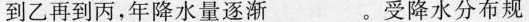
到乙再到丙，年降水量逐渐___。受降水分布规